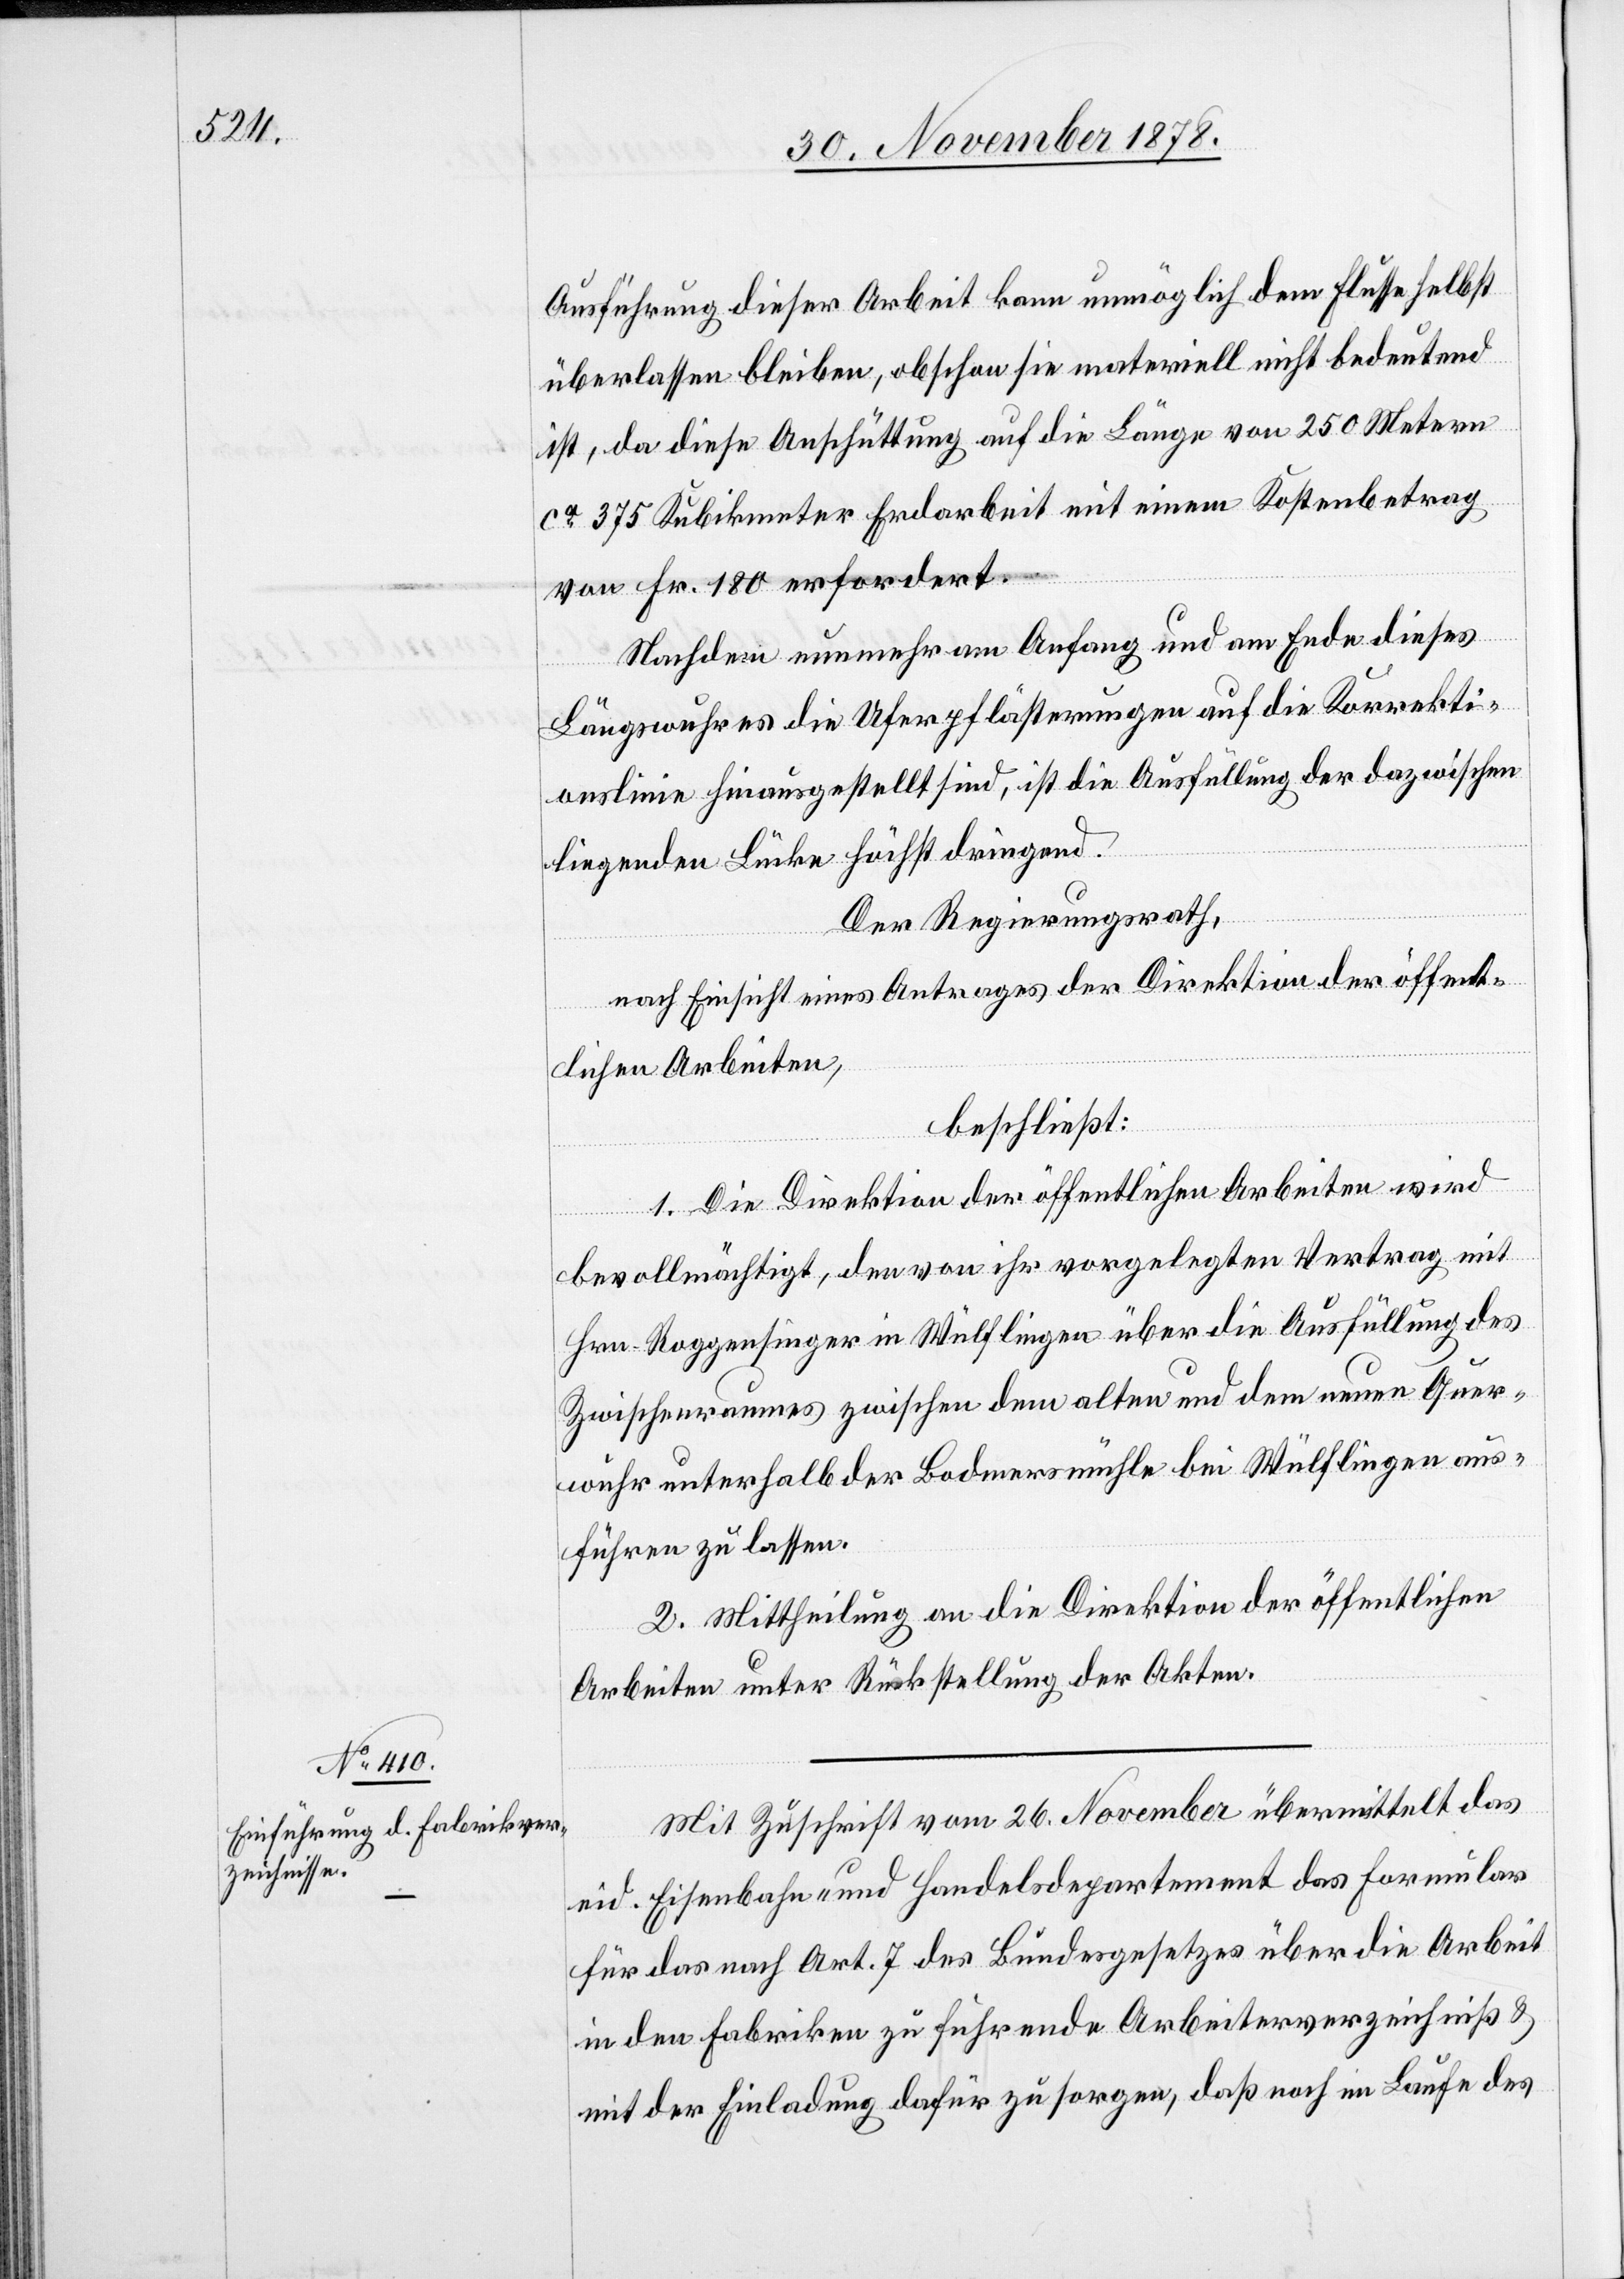
Ausführung dieser Arbeit kann unmöglich dem Flusse selbst
überlassen bleiben, obschon sie materiell nicht bedeutend
ist, da diese Anschüttung auf die Länge von 250 Metern
ca 375 Kubikmeter Erdarbeit mit einem Kostenbetrag
von Fr. 180 erfordert.
Nachdem nunmehr am Anfang und am Ende dieses
Längswuhres die Uferpflästerungen auf die Korrekti¬
onslinie hinausgestellt sind, ist die Ausfüllung der dazwischen
liegenden Lücke höchst dringend.
Der Regierungsrath,
nach Einsicht eines Antrages der Direktion der öffent¬
lichen Arbeiten,
beschließt:
1. Die Direktion der öffentlichen Arbeiten wird
bevollmächtigt, den von ihr vorgelegten Vertrag mit
Hrn. Roggensinger in Wülflingen über die Ausfüllung des
Zwischenraumes zwischen dem alten und dem neuen Quer¬
wuhr unterhalb der Bodmersmühle bei Wülflingen aus¬
führen zu lassen.
2. Mittheilung an die Direktion der öffentlichen
Arbeiten unter Rückstellung der Akten.
Mit Zuschrift vom 26. November übermittelt das
eid. Eisenbahn- und Handelsdepartement das Formular
für das nach Art. 7 des Bundesgesetzes über die Arbeit
in den Fabriken zu führende Arbeiterverzeichniß &
mit der Einladung dafür zu sorgen, daß noch im Laufe des